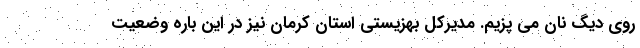
روی دیگ نان می پزیم. مدیرکل بهزیستی استان کرمان نیز در این باره وضعیت